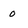
Character: 0